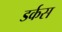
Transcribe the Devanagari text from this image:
डर्कस